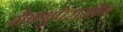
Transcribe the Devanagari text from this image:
सेफ़बुपेराज़ोन